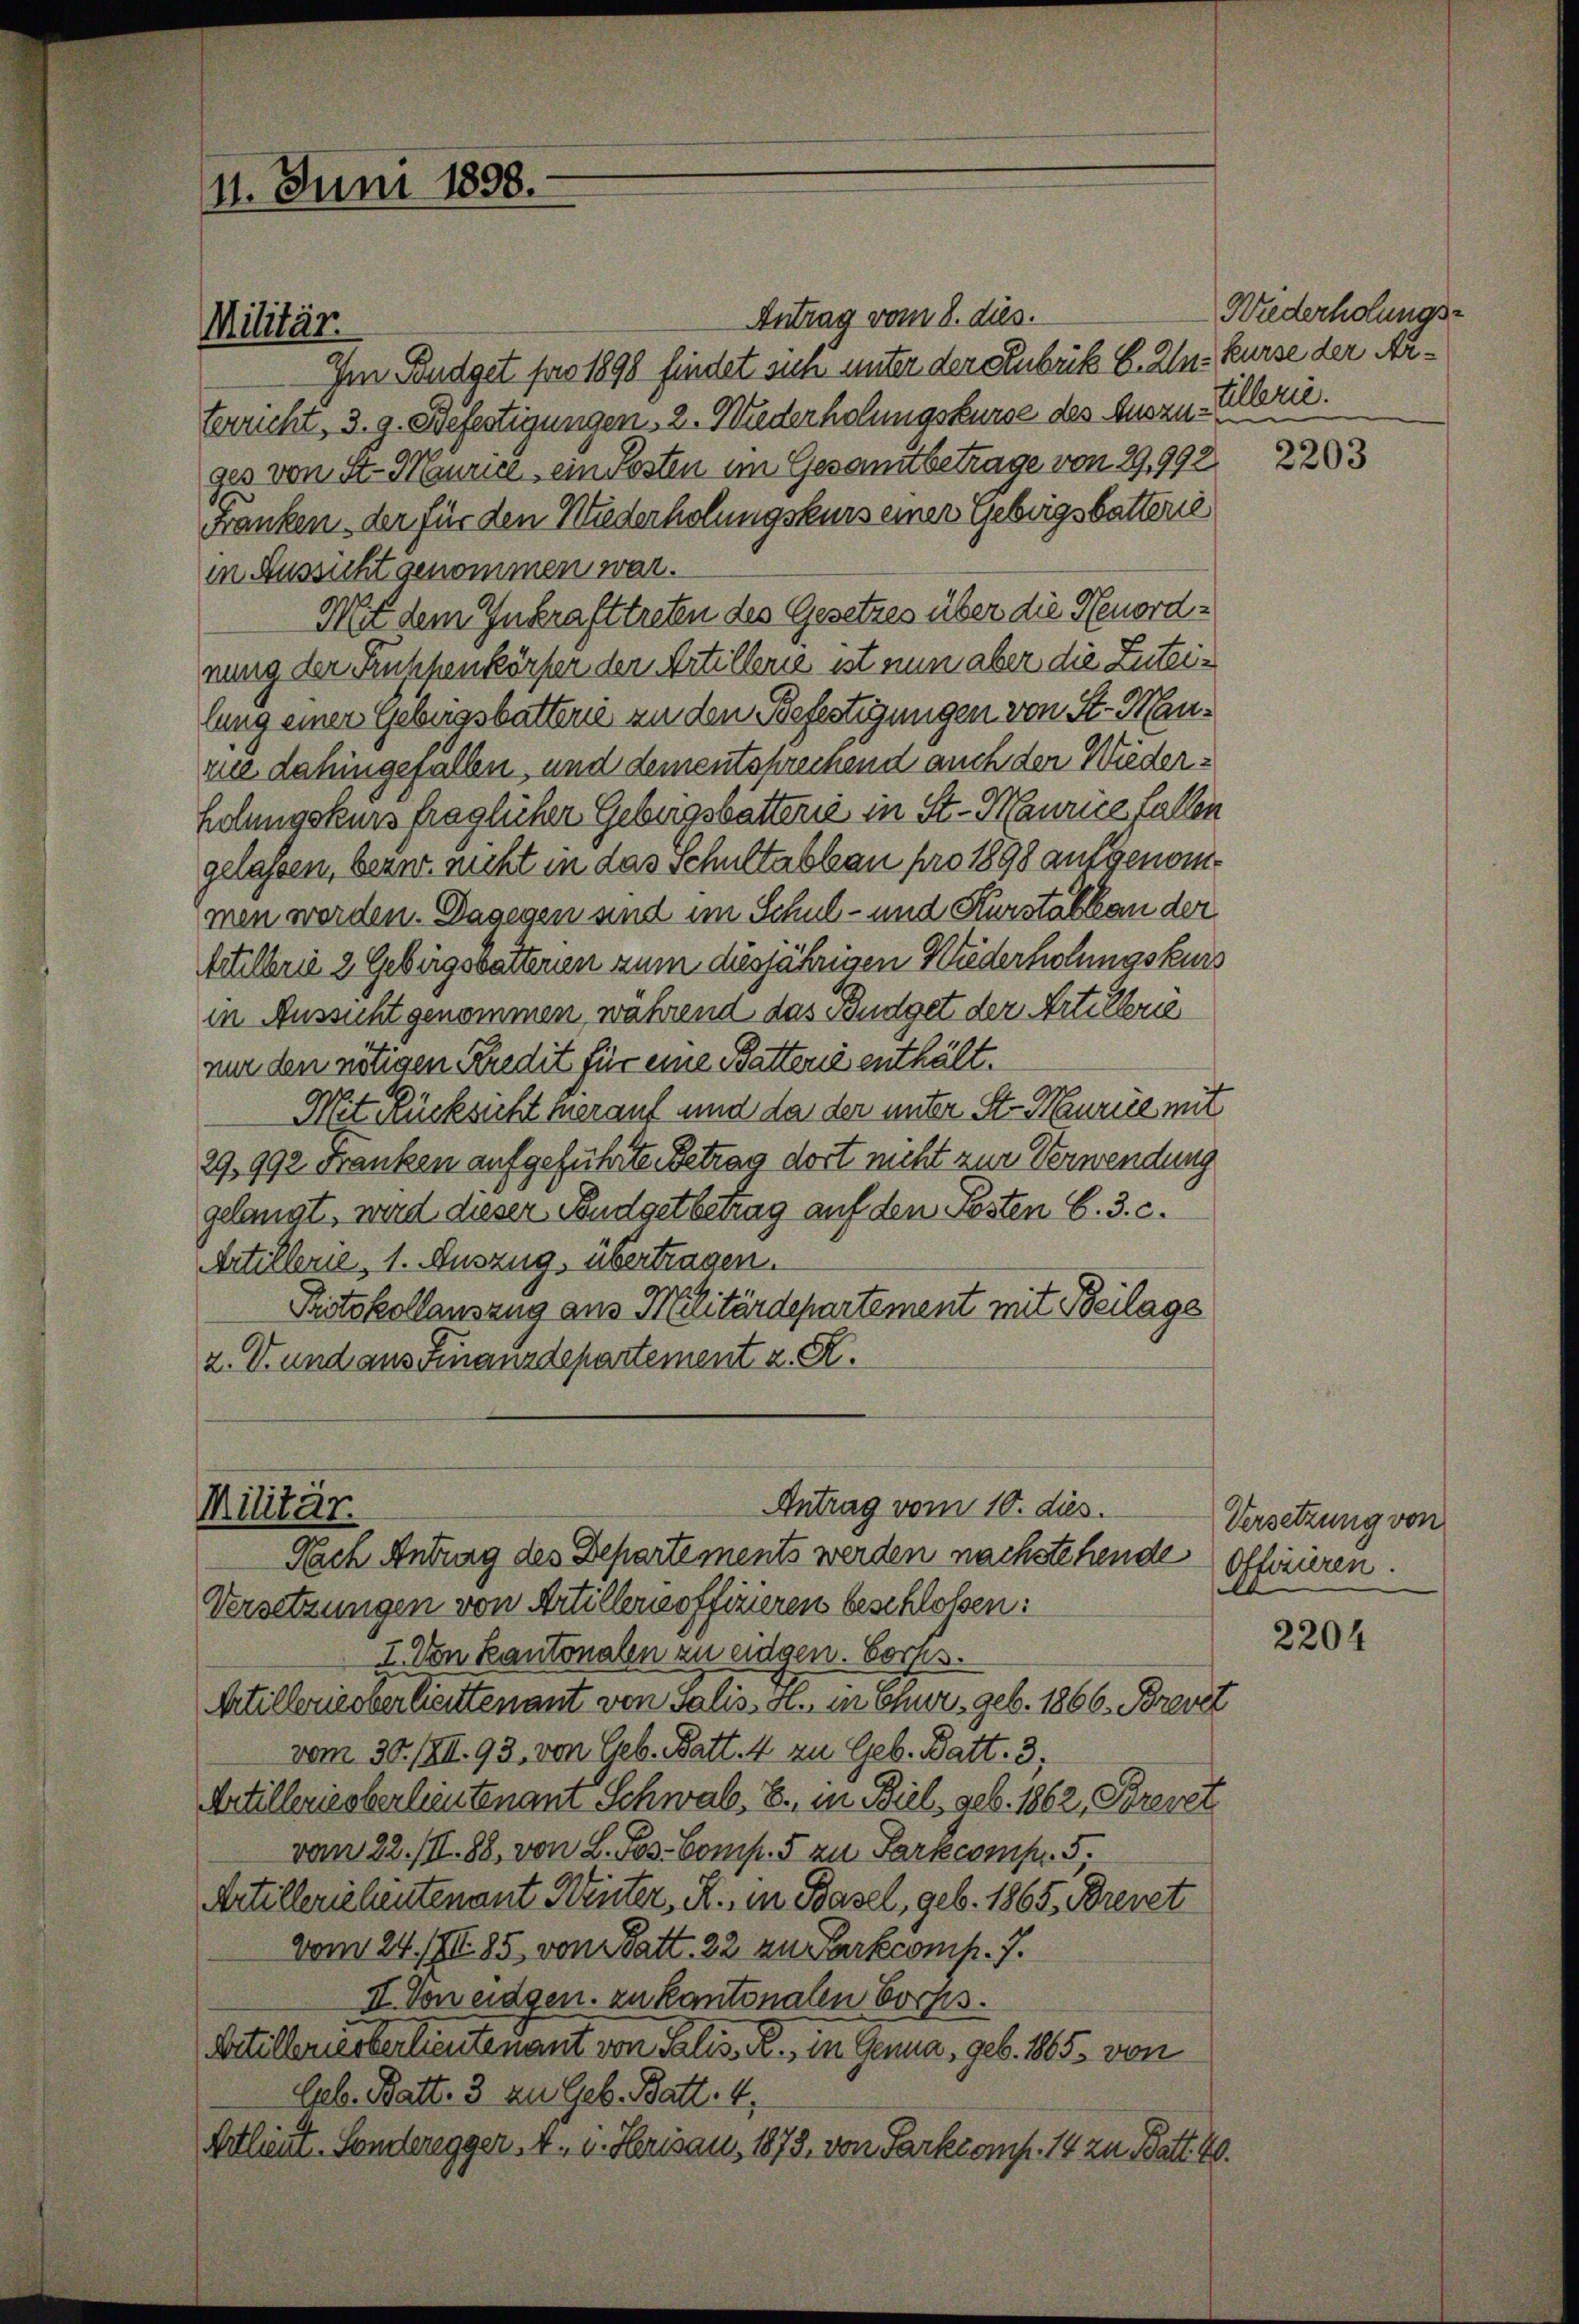
11. Juni 1898.

Militär.

Antrag vom 8. dies.
Im Budget pro 1898 findet sin unter der Rubrik E. Zln-Kurse der Arterricht, 3. 9. Befestigungen, 2. Wiederholungskurse des Anorn-Allerie.
ges von St. Gurice, ein Posten im Gesamtbetrage von 29,992.
Franken, der für den Wiederholungskurs einer Gebirgsbatterie
in Aussicht genommen war.
Mit dem Inkrafttreten des Gesetzes über die Neuordnung der Früchenkörper der Artillerie ist nun aber die Zuteilung einer Gebirgsbatterie an den Befestigungen von St. Maurue dahingefallen und dementsprechend auch der Wiederholungskurs fraglicher Gebirgsbatterie in St. Maurice fallen
gelassen, bezw. nicht in das Schultabbau pro 1898 aufgenommen werden. Dagegen und im Schul- und Kurstalkan der
Eitelbrie 2 Gebirgsbatterien zum diesjährigen Wiederholungskurs
in Aussicht genommen, während das Budget der Artilkrie
nur den nötigen Kredit für eine Batterie enthält.
Mit Rücksicht herauf und da der unter St. Maurice mit
29,992 Franken aufgeführte Betrag dort nicht zur Verwendung
gelangt, wird dieser Budgetbetrag auf den Posten C. 3. c.
Artillerie, 1. Auszug, übertragen.
Protokollauszug aus Militärdepartement mit Beilage
2. V. und aus Finanzdepartement z. R.

Antrag vom 10. dies
Militär.
Nach Antrag des Departements werden nachstehende

Versetzungen von Artillernoffizieren beschlossen:
I. Von Kantonalen zu eidgen. Corps.
Artillerieberlieutenant von Salis, Al. in Chur, geb. 1866. Brevet
vom 30./XII. 93. von Geb. Batt. 4 zu Geb. Batt. 3;
Artillerie oberlieutenant Schwab, B. in Biel, geb. 1862, Brevet
vom 22. III. 88, von L. Jos. Comp. 5 zu Parkcomp. 5.
Artillerichentenant Weiter, A., in Basel, geb. 1865, Brevet
vom 24. I. 85 von Batt. 22 zu Parkecomp. 7.
II. Von eidgen. zu kantonalen Bochs.
Artilleriesterlieutenant von Salis. R., in Genua, geb. 1865, von
Geb. Batt. 3 zu Geb. Batt. 4,
Artlieut. Sonderegger, 4. d. Herisau, 1875, von Parkromp. 14 zu Batt 40.

Wiederholungs-

2203

Versetzung von
Offiziren.

2204